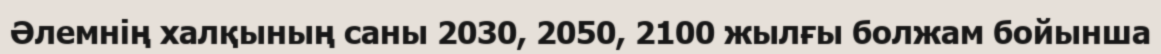
Әлемнің халқының саны 2030, 2050, 2100 жылғы болжам бойынша